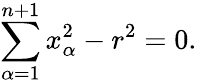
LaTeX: \sum_{\alpha=1}^{n+1}x_{\alpha}^{2}-r^{2}=0.